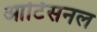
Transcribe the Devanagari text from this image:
आर्टिसनल